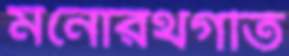
মনোরথগতি